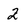
Character: 2